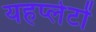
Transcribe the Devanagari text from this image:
यहप्लेटों